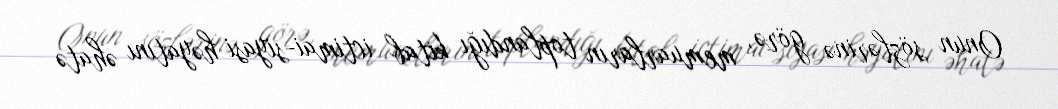
Onun sözlərinə görə, memuarların toplandığı kitab ictimai-siyasi həyatını əhatə